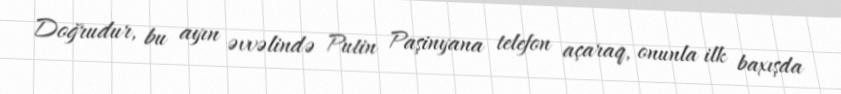
Doğrudur, bu ayın əvvəlində Putin Paşinyana telefon açaraq, onunla ilk baxışda